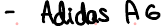
- Adidas AG